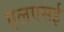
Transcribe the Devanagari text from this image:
एलएसई